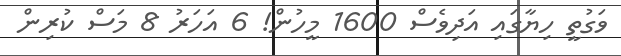
ވަގުތީ ހިޔާގައި އަދިވެސް 1600 މީހުން! 6 އަހަރު 8 މަސް ކުރިން